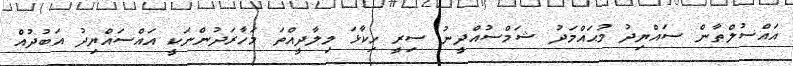
އައްސުލްޠާން ސައްޔިދު މުޙައްމަދު ޝަމްސުއްދީނު ސިރީ ހިކާޅަ މިލާދީއްތަ މަހާރަދުންނަކީ އައްސައްޔިދު އަބުދުއް